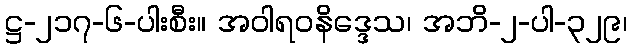
ဋ္ဌ-၂၁၇-၆-ပါးစီး။ အဝါရဝနိဒ္ဒေသ၊ အဘိ-၂-ပါ-၃၂၉၊